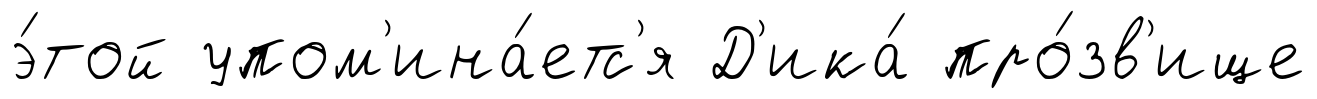
э́той упом'ина́етс'я Д'ика́ про́зв'ище